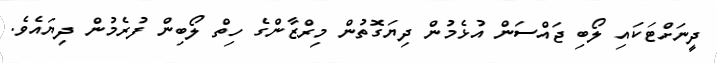
ދީނަށްޓަކައި ލޯބި ޖައްސަން އުޅެމުން ދިޔަގޮތުން މިރްޒާންގެ ހިތް ލޯބިން ފުރެމުން ދިޔައެވެ.